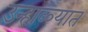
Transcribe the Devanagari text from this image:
उन्हा़ळ्यात